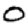
Digit: 0